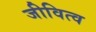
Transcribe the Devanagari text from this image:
जीवित्व